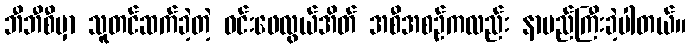
ဘီဘီစီမှာ သူတင်ဆက်ခဲ့တဲ့ ဝင်းဖေလွယ်အိတ် အစီအစဉ်ကလည်း နာမည်ကြီးခဲ့ပါတယ်။